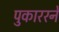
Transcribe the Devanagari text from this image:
पुकाररने